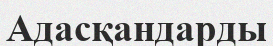
Адасқандарды